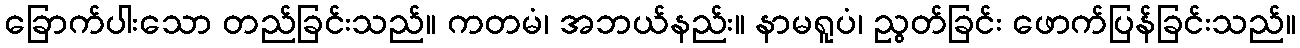
ခြောက်ပါးသော တည်ခြင်းသည်။ ကတမံ၊ အဘယ်နည်း။ နာမရူပံ၊ ညွတ်ခြင်း ဖောက်ပြန်ခြင်းသည်။